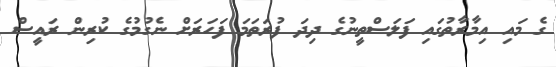
ގެ މައި އިމާރާތުގައި ފަލަސްތީނުގެ ދިދަ ފުރަތަމަ ފަހަރަށް ނެގުުމުގެ ކުރިން ރައީސް